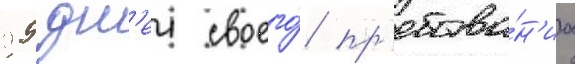
99 дн'еи своего́ пр'ебыва́н'иа